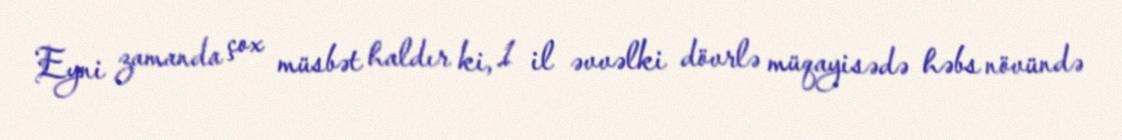
Eyni zamanda çox müsbət haldır ki, 1 il əvvəlki dövrlə müqayisədə həbs növündə